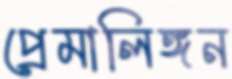
প্রেমালিঙ্গন